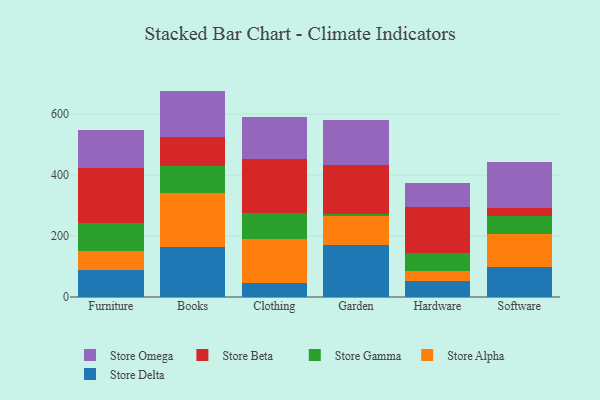
{"axis": {"x": "Category", "y": "Shipments"}, "legend": ["Store Alpha", "Store Beta", "Store Delta", "Store Gamma", "Store Omega"], "data": [{"x": "Furniture", "y": 87.2, "type": "Store Delta"}, {"x": "Furniture", "y": 64.7, "type": "Store Alpha"}, {"x": "Furniture", "y": 91.7, "type": "Store Gamma"}, {"x": "Furniture", "y": 178.7, "type": "Store Beta"}, {"x": "Furniture", "y": 126.0, "type": "Store Omega"}, {"x": "Books", "y": 165.1, "type": "Store Delta"}, {"x": "Books", "y": 176.6, "type": "Store Alpha"}, {"x": "Books", "y": 88.3, "type": "Store Gamma"}, {"x": "Books", "y": 94.0, "type": "Store Beta"}, {"x": "Books", "y": 152.4, "type": "Store Omega"}, {"x": "Clothing", "y": 45.6, "type": "Store Delta"}, {"x": "Clothing", "y": 145.9, "type": "Store Alpha"}, {"x": "Clothing", "y": 85.6, "type": "Store Gamma"}, {"x": "Clothing", "y": 176.0, "type": "Store Beta"}, {"x": "Clothing", "y": 136.1, "type": "Store Omega"}, {"x": "Garden", "y": 172.0, "type": "Store Delta"}, {"x": "Garden", "y": 95.2, "type": "Store Alpha"}, {"x": "Garden", "y": 6.7, "type": "Store Gamma"}, {"x": "Garden", "y": 160.3, "type": "Store Beta"}, {"x": "Garden", "y": 145.0, "type": "Store Omega"}, {"x": "Hardware", "y": 51.6, "type": "Store Delta"}, {"x": "Hardware", "y": 33.9, "type": "Store Alpha"}, {"x": "Hardware", "y": 58.3, "type": "Store Gamma"}, {"x": "Hardware", "y": 152.3, "type": "Store Beta"}, {"x": "Hardware", "y": 77.8, "type": "Store Omega"}, {"x": "Software", "y": 98.5, "type": "Store Delta"}, {"x": "Software", "y": 109.0, "type": "Store Alpha"}, {"x": "Software", "y": 58.2, "type": "Store Gamma"}, {"x": "Software", "y": 27.3, "type": "Store Beta"}, {"x": "Software", "y": 151.4, "type": "Store Omega"}]}